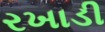
રખાડી